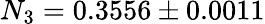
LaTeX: N_{3}=0.3556\pm 0.0011